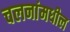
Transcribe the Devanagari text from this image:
चलनांमधील